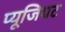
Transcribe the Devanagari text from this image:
प्यूजियट